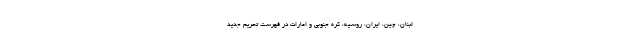
لبنان، چین، ایران، روسیه، کره جنوبی و امارات در فهرست تحریم جدید